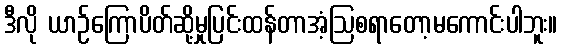
ဒီလို ယာဉ်ကြောပိတ်ဆို့မှုပြင်းထန်တာအံ့ဩစရာတော့မကောင်းပါဘူး။